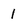
Character: 1